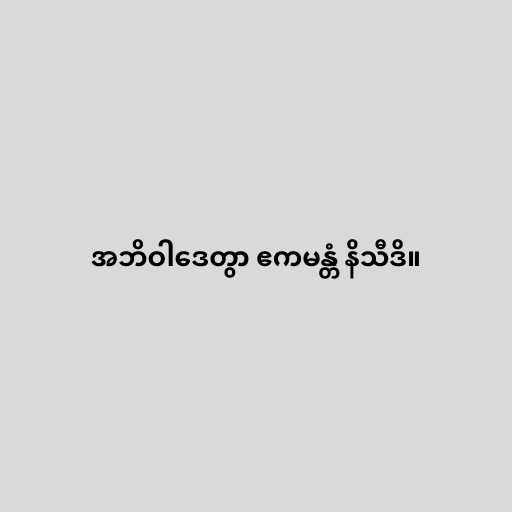
အဘိဝါဒေတွာ ဧကမန္တံ နိသီဒိ။